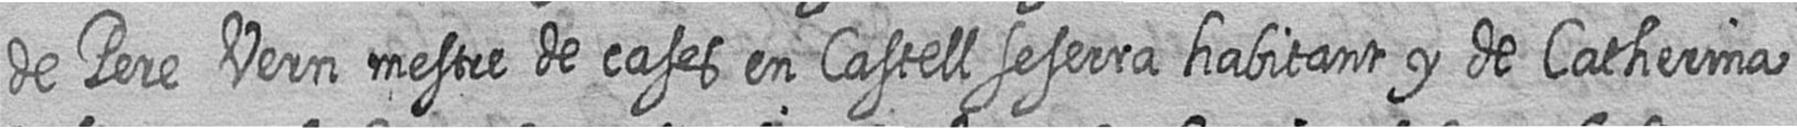
de Pere Vern mestre de cases en Castell seserra habitant y de Catherina